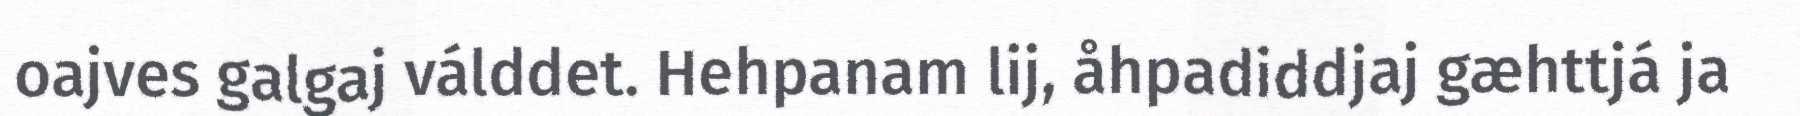
oajves galgaj válddet. Hehpanam lij, åhpadiddjaj gæhttjá ja